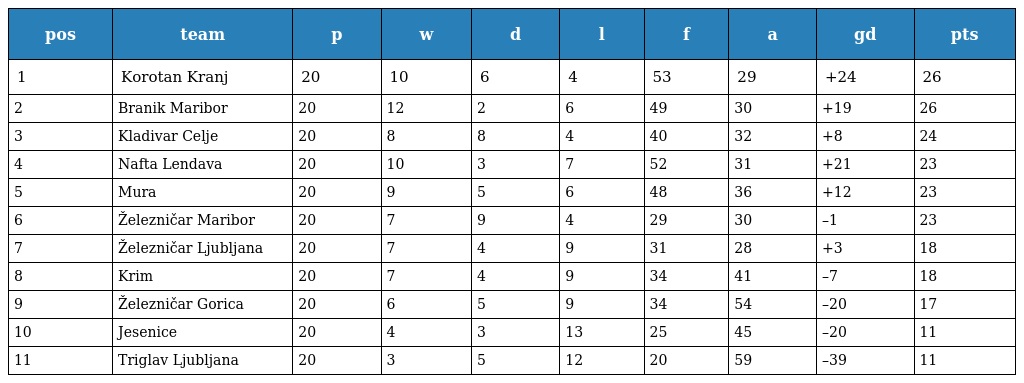
| pos | team | p | w | d | l | f | a | gd | pts |
 | --- | --- | --- | --- | --- | --- | --- | --- | --- | --- |
 | 1 | Korotan Kranj | 20 | 10 | 6 | 4 | 53 | 29 | +24 | 26 |
 | 2 | Branik Maribor | 20 | 12 | 2 | 6 | 49 | 30 | +19 | 26 |
 | 3 | Kladivar Celje | 20 | 8 | 8 | 4 | 40 | 32 | +8 | 24 |
 | 4 | Nafta Lendava | 20 | 10 | 3 | 7 | 52 | 31 | +21 | 23 |
 | 5 | Mura | 20 | 9 | 5 | 6 | 48 | 36 | +12 | 23 |
 | 6 | Železničar Maribor | 20 | 7 | 9 | 4 | 29 | 30 | –1 | 23 |
 | 7 | Železničar Ljubljana | 20 | 7 | 4 | 9 | 31 | 28 | +3 | 18 |
 | 8 | Krim | 20 | 7 | 4 | 9 | 34 | 41 | –7 | 18 |
 | 9 | Železničar Gorica | 20 | 6 | 5 | 9 | 34 | 54 | –20 | 17 |
 | 10 | Jesenice | 20 | 4 | 3 | 13 | 25 | 45 | –20 | 11 |
 | 11 | Triglav Ljubljana | 20 | 3 | 5 | 12 | 20 | 59 | –39 | 11 |